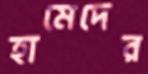
হামেদের